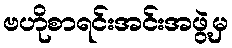
ဗဟိုစာရင်းအင်းအဖွဲ့မှ